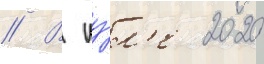
// В иу́л'е 2020